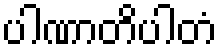
ပါဏာတိပါတံ